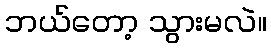
ဘယ်တော့ သွားမလဲ။